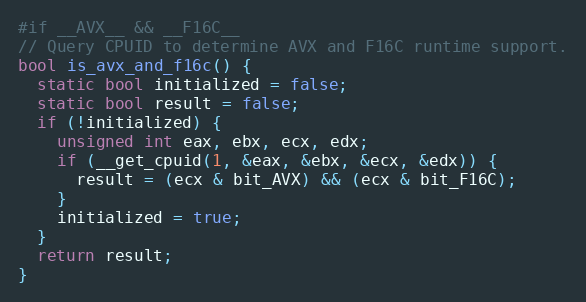
Language: C++
#if __AVX__ && __F16C__
// Query CPUID to determine AVX and F16C runtime support.
bool is_avx_and_f16c() {
  static bool initialized = false;
  static bool result = false;
  if (!initialized) {
    unsigned int eax, ebx, ecx, edx;
    if (__get_cpuid(1, &eax, &ebx, &ecx, &edx)) {
      result = (ecx & bit_AVX) && (ecx & bit_F16C);
    }
    initialized = true;
  }
  return result;
}